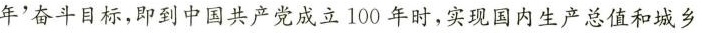
年'奋斗目标，即到中国共产党成立100年时，实现国内生产总值和城乡